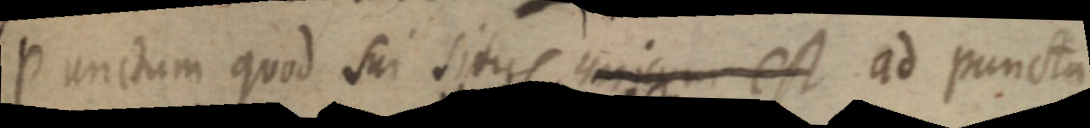
Punctum quod sui situs unicum est ad puncta